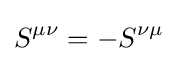
S^{\mu \nu }=-S^{\nu \mu }